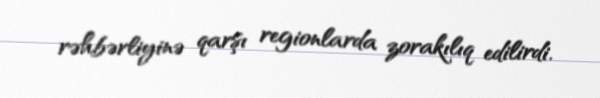
rəhbərliyinə qarşı regionlarda zorakılıq edilirdi.